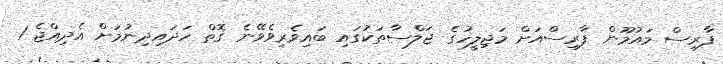
ފާރިސް މައުމޫން ފާރިސްއަށް މަޖިލީހުގެ ޖަލްސާތަކުގައި ބައިވެރިވެވޭނެ ގޮތް ހަދައިދިނުމަށް އެދިއްޖެ 1